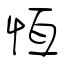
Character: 恆